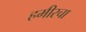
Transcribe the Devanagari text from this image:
हमीरचा